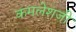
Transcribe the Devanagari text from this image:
कमलेशजी